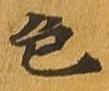
色